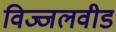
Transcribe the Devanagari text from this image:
विज्जलवीड